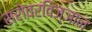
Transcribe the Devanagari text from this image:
सरोवरविज्ञान